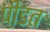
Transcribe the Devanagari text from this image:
पी़डत